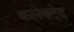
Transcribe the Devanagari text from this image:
कलेक्टेद